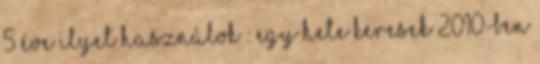
5 éve ilyet használok : Egy hete keresek 2010-ben